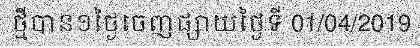
ថ្មីបាន១ថ្ងៃចេញផ្សាយថ្ងៃទី 01/04/2019